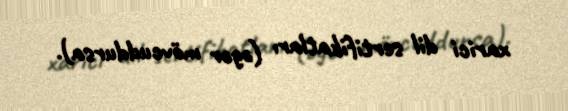
xarici dil sertifikatları (əgər mövcuddursa).